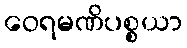
ဝေရမဏိပစ္စယာ